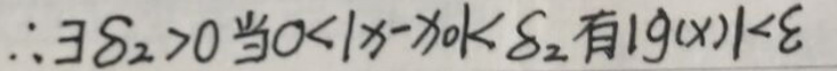
$\therefore \exists \delta _{2}>0 $当$ 0 < |x - x_{0}|<\delta _{2} $有$ |g(x)|<\varepsilon$